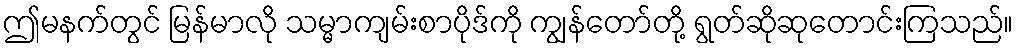
ဤမနက်တွင် မြန်မာလို သမ္မာကျမ်းစာပိုဒ်ကို ကျွန်တော်တို့ ရွတ်ဆိုဆုတောင်းကြသည်။